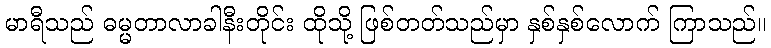
မာရီသည် ဓမ္မတာလာခါနီးတိုင်း ထိုသို့ ဖြစ်တတ်သည်မှာ နှစ်နှစ်လောက် ကြာသည်။